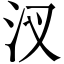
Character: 汊